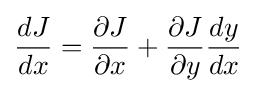
{dJ \over dx}={\partial J \over \partial x}+{\partial J \over \partial y}{dy \over dx}